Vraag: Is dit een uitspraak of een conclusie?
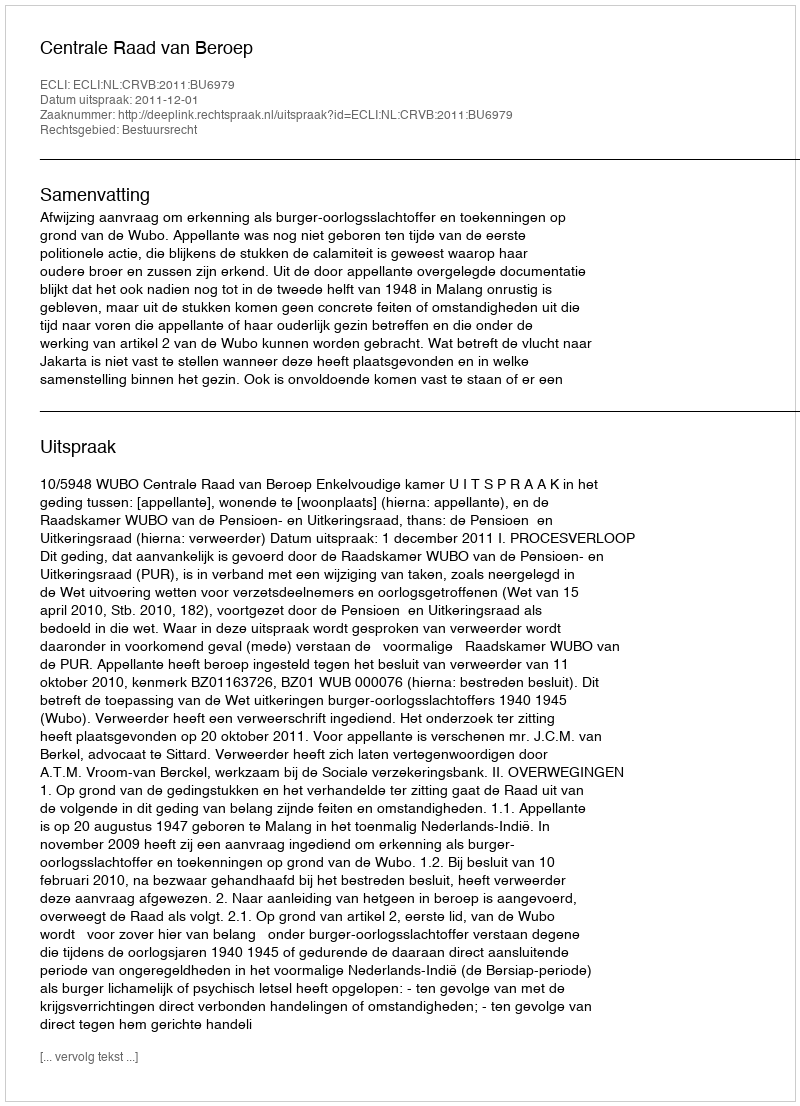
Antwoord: Uitspraak